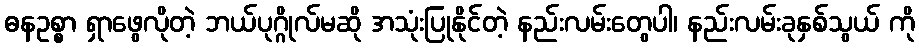
ဓနဥစ္စာ ရှာဖွေလိုတဲ့ ဘယ်ပုဂ္ဂိုလ်မဆို အသုံးပြုနိုင်တဲ့ နည်းလမ်းတွေပါ၊ နည်းလမ်းခုနှစ်သွယ် ကို